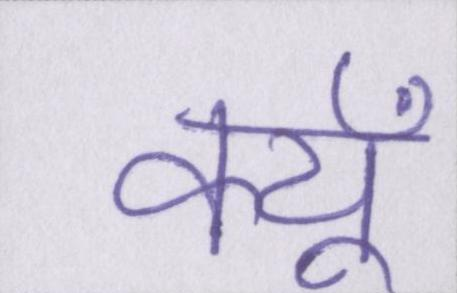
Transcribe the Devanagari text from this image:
क्यूँ